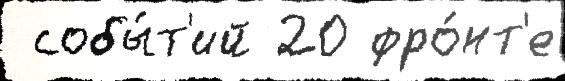
 собы́т'ий 20 фро́нт'е